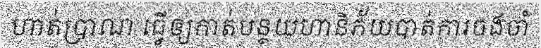
ហាត់ប្រាណ ធ្វើឲ្យកាត់បន្ថយហានិភ័យបាត់ការចងចាំ